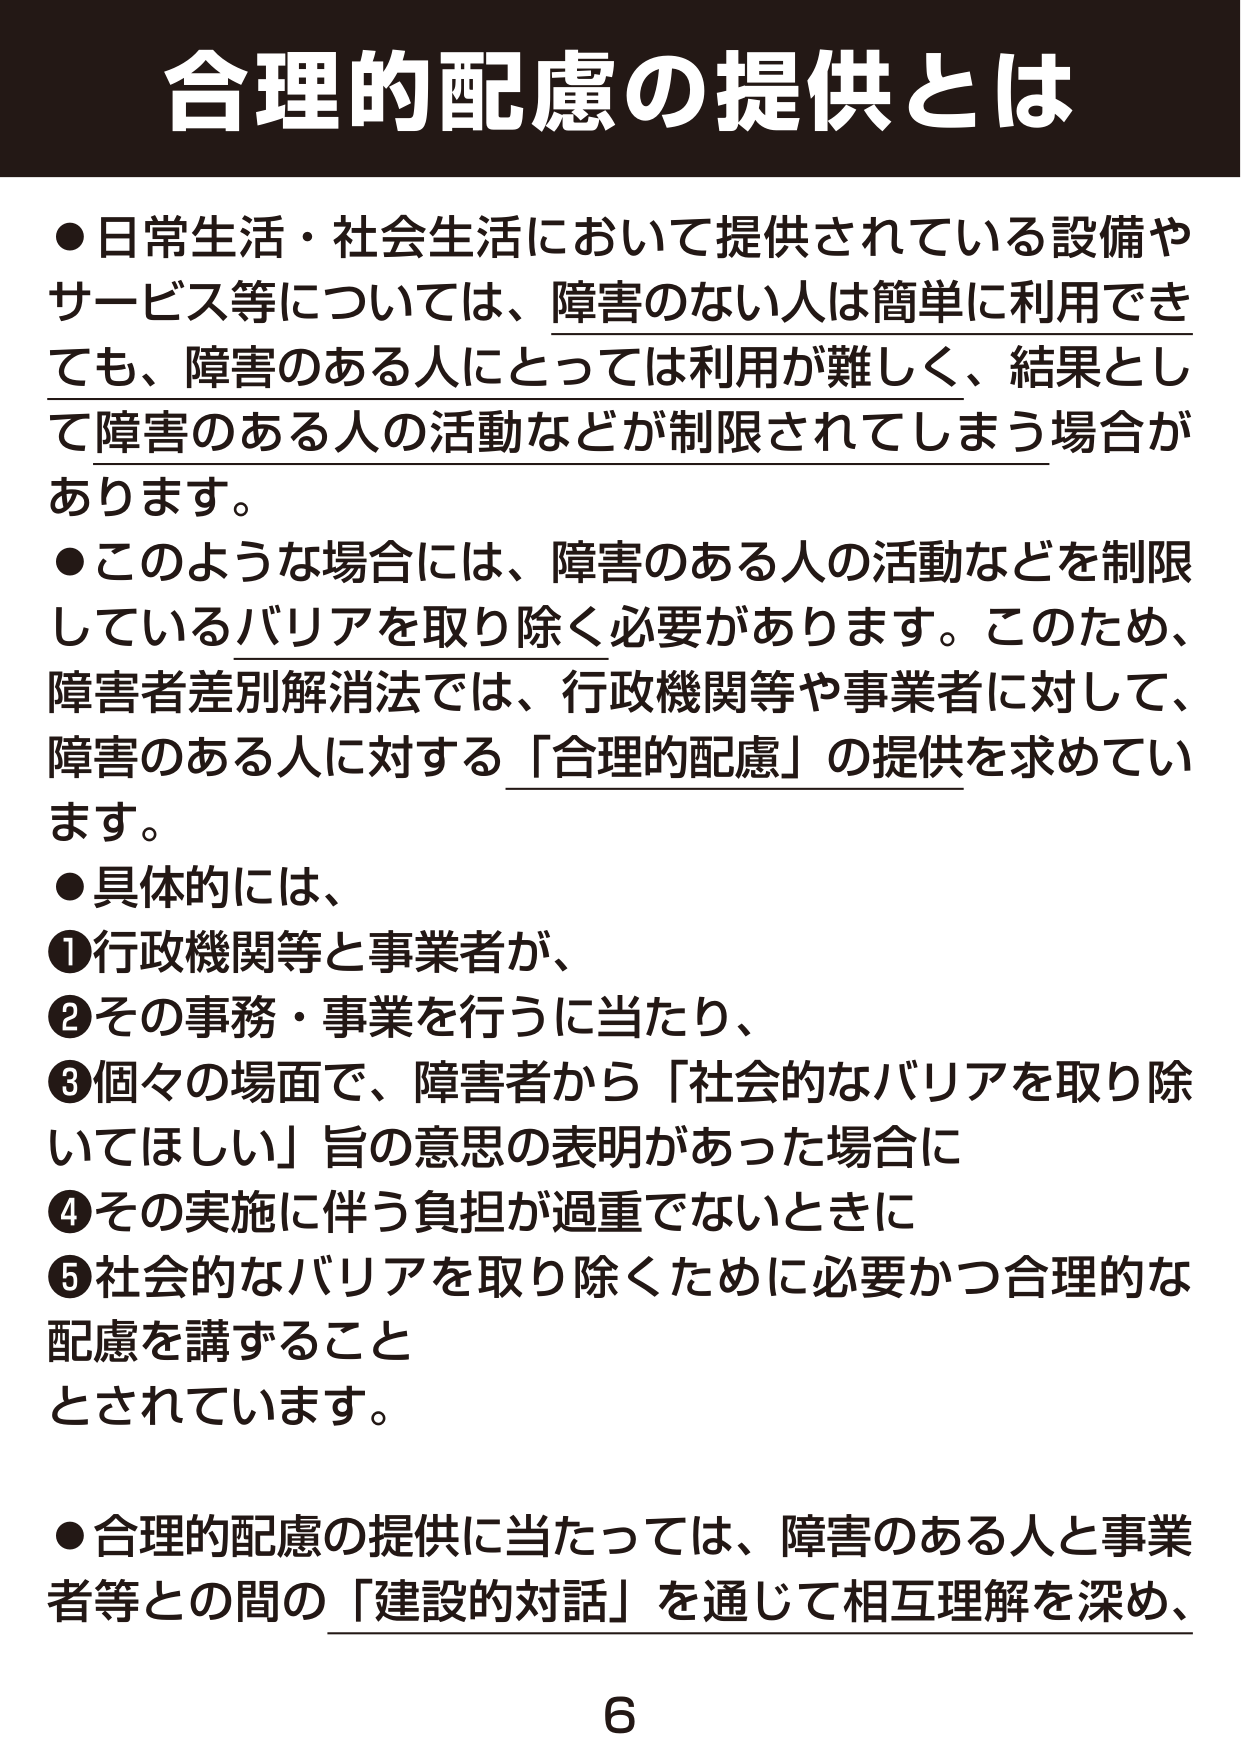
合理的配慮の提供とは

●日常生活・社会生活において提供されている設備やサービス等については、障害のない人は簡単に利用できても、障害のある人にとっては利用が難しく、結果として障害のある人の活動などが制限されてしまう場合があります。

●このような場合には、障害のある人の活動などを制限しているバリアを取り除く必要があります。このため、障害者差別解消法では、行政機関等や事業者に対して、障害のある人に対する「合理的配慮」の提供を求めています。

●具体的には、
①行政機関等と事業者が、
②その事務・事業を行うに当たり、
③個々の場面で、障害者から「社会的なバリアを取り除いてほしい」旨の意思の表明があった場合に
④その実施に伴う負担が過重でないときに
⑤社会的なバリアを取り除くために必要かつ合理的な配慮を講ずること
とされています。

●合理的配慮の提供に当たっては、障害のある人と事業者等との間の「建設的対話」を通じて相互理解を深め、

6